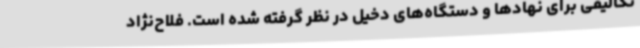
تکالیفی برای نهادها و دستگاه‌های دخیل در نظر گرفته شده است. فلاح‌نژاد